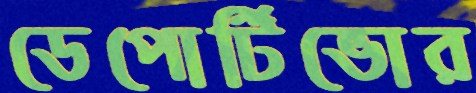
ডেপোর্টিভোর